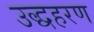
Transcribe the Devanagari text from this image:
उद्धहरण